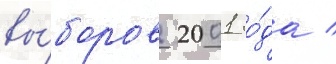
вы́боров 2001 го́да /